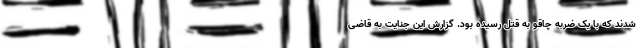
شدند که با یک ضربه چاقو به قتل رسیده بود. گزارش این جنایت به قاضی